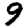
Digit: 9